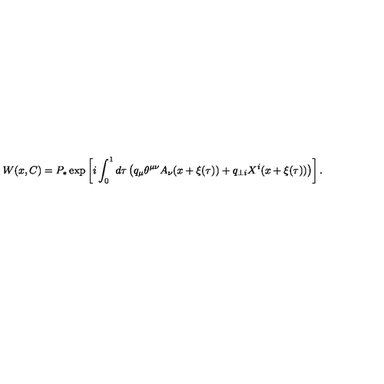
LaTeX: W ( x , C ) = P _ { \ast } \exp \left[ i \int _ { 0 } ^ { 1 } d \tau \left( q _ { \mu } \theta ^ { \mu \nu } A _ { \nu } ( x + \xi ( \tau ) ) + q _ { \perp i } X ^ { i } ( x + \xi ( \tau ) ) \right) \right] .